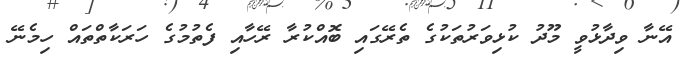
އޭނާ ވިދާޅުވީ މޫދު ކުޅިވަރުތަކުގެ ތެރޭގައި ބޮއްކުރާ ރޭހާއި ފެތުމުގެ ހަރަކާތްތައް ހިމެނޭ